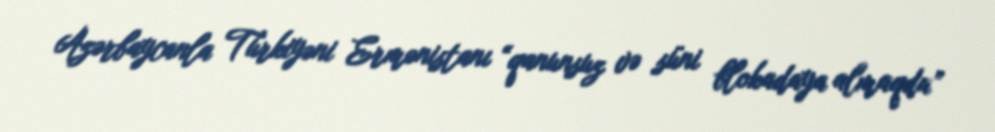
Azərbaycanla Türkiyəni Ermənistanı “qanunsuz və süni blokadaya almaqda”